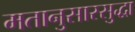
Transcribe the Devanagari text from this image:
मतानुसारसुद्धा